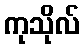
ကုသိုလ်